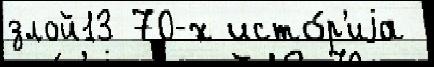
злой13 70-х исто́р'иjа